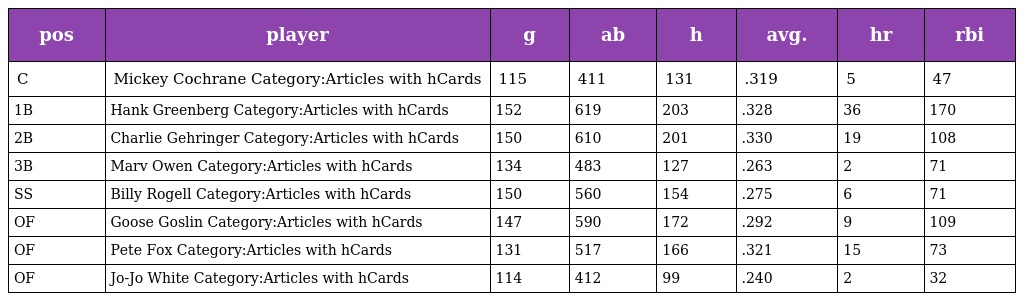
| pos | player | g | ab | h | avg. | hr | rbi |
 | --- | --- | --- | --- | --- | --- | --- | --- |
 | C | Mickey Cochrane Category:Articles with hCards | 115 | 411 | 131 | .319 | 5 | 47 |
 | 1B | Hank Greenberg Category:Articles with hCards | 152 | 619 | 203 | .328 | 36 | 170 |
 | 2B | Charlie Gehringer Category:Articles with hCards | 150 | 610 | 201 | .330 | 19 | 108 |
 | 3B | Marv Owen Category:Articles with hCards | 134 | 483 | 127 | .263 | 2 | 71 |
 | SS | Billy Rogell Category:Articles with hCards | 150 | 560 | 154 | .275 | 6 | 71 |
 | OF | Goose Goslin Category:Articles with hCards | 147 | 590 | 172 | .292 | 9 | 109 |
 | OF | Pete Fox Category:Articles with hCards | 131 | 517 | 166 | .321 | 15 | 73 |
 | OF | Jo-Jo White Category:Articles with hCards | 114 | 412 | 99 | .240 | 2 | 32 |